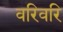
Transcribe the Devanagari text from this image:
वरिवरि